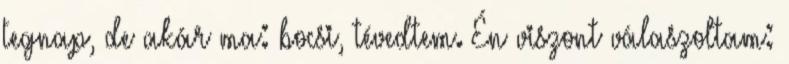
tegnap, de akár ma: bocsi, tévedtem. Én viszont válaszoltam: